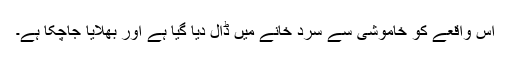
اس واقعے کو خاموشی سے سرد خانے میں ڈال دیا گیا ہے اور بھلایا جاچکا ہے۔